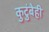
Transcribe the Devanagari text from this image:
कुटुंबेही